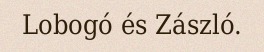
Lobogó és Zászló.